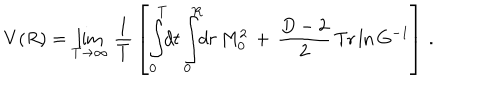
V ( R ) = \lim _ { T \rightarrow \infty } \, \frac { 1 } { T } \, \left[ \int _ { 0 } ^ { T } \! \! d t \int _ { 0 } ^ { R } \! \! d r \, M _ { 0 } ^ { 2 } \, + \, \frac { D - 2 } { 2 } \, \mathrm { T r } \ln G ^ { - 1 } \right] \, { . }